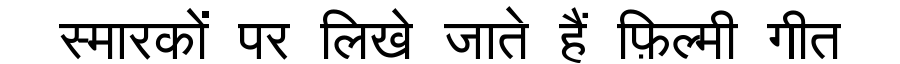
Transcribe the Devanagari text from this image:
स्मारकों पर लिखे जाते हैं फ़िल्मी गीत